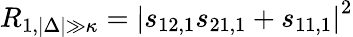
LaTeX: R_{1,|\Delta|\gg\kappa}=\left|s_{12,1}s_{21,1}+s_{11,1}\right|^{2}